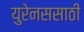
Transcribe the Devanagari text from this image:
युरेनससाठी